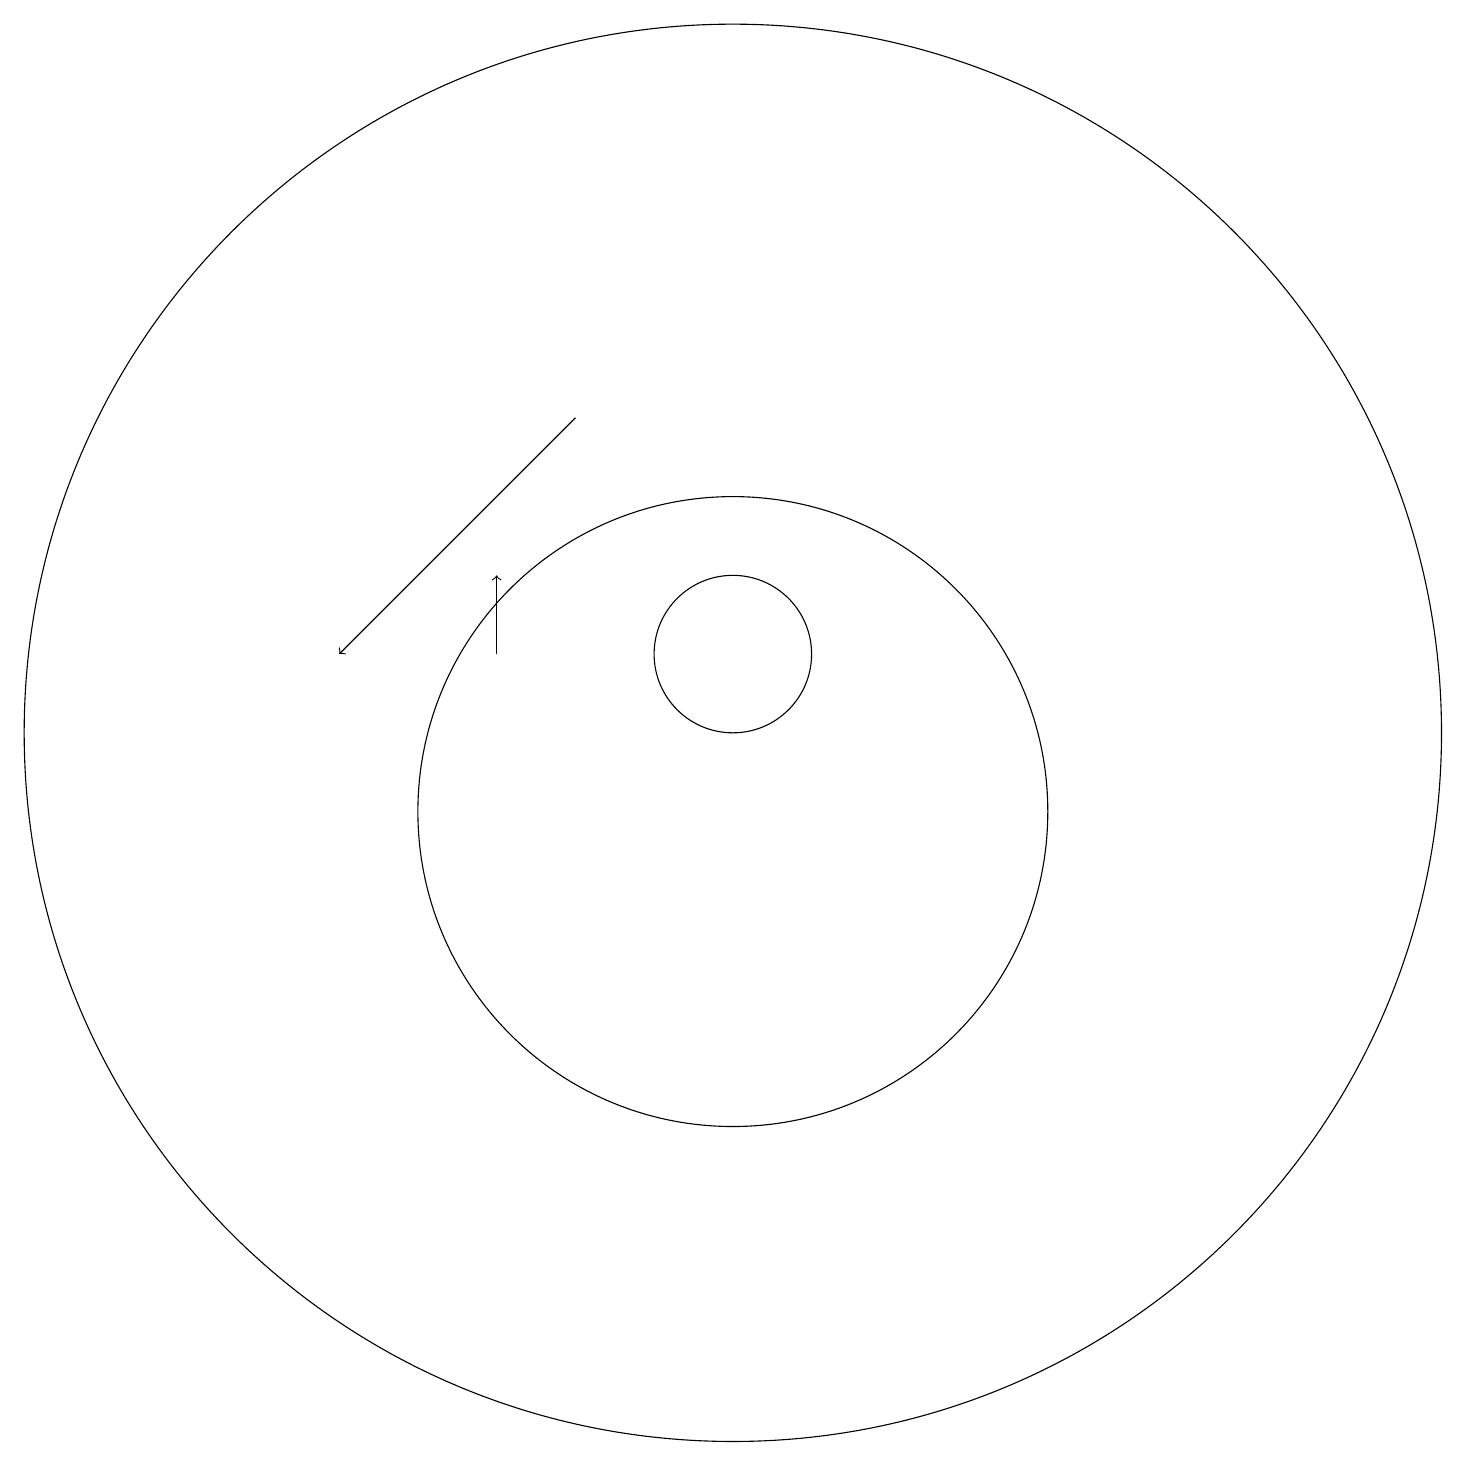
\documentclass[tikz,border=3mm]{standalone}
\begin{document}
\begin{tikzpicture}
\draw[->] (8,15) -- (5,12);
\draw (10,10) circle (4);
\draw (10,12) circle (1);
\draw[->] (7,12) -- (7,13);
\draw (10,11) circle (9);
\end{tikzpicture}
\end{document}